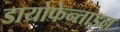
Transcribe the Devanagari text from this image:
डायोफेन्ताइन